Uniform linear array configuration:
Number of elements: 64
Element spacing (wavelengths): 0.5
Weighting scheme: kaiser
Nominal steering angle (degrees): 0
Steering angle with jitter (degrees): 0.4374
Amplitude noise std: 0.05
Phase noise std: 0.05

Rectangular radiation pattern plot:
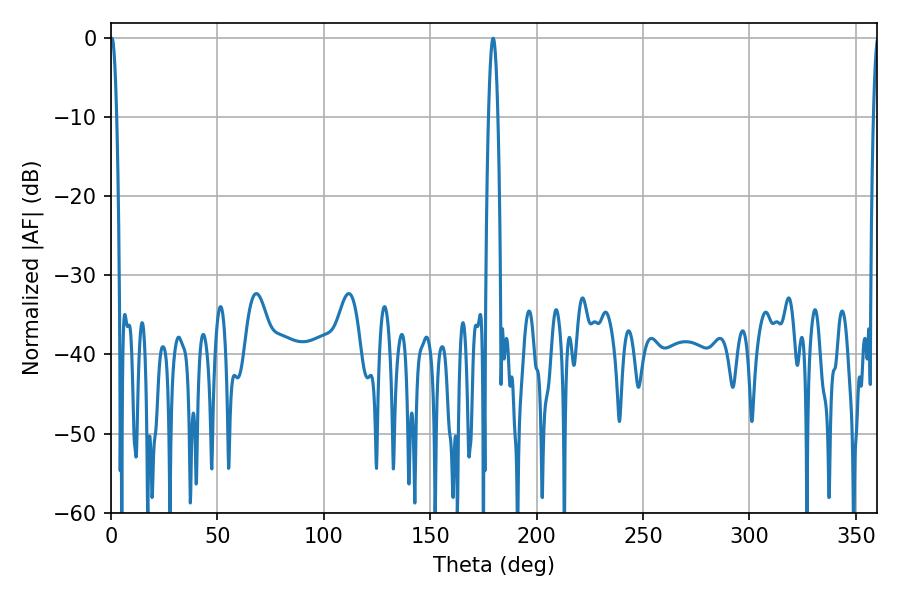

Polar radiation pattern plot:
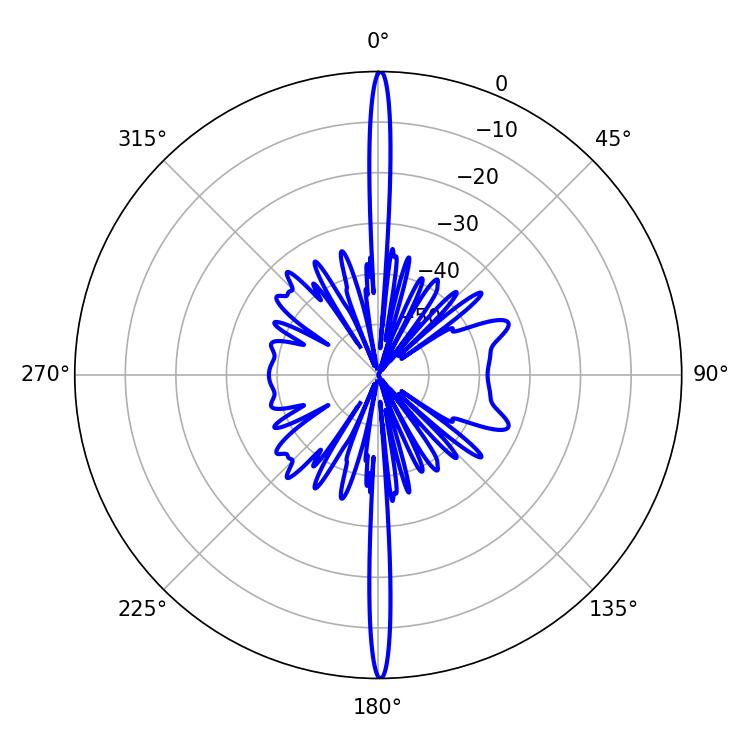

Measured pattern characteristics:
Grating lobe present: FALSE
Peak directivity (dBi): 34.31
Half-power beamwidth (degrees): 1.62
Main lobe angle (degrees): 0.36